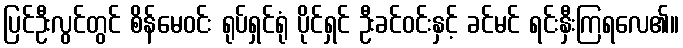
ပြင်ဦးလွင်တွင် စိန်မေဝင်း ရုပ်ရှင်ရုံ ပိုင်ရှင် ဦးခင်ဝင်းနှင့် ခင်မင် ရင်းနှီးကြရလေ၏။